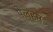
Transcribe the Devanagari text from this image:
पेलहम